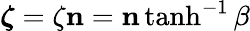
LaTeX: {\boldsymbol{\zeta}}=\zeta\mathbf{n}=\mathbf{n}\operatorname{tanh}^{-1}\beta